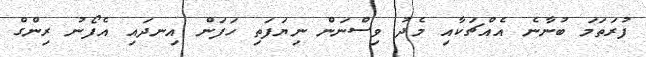
ފުރަތަމަ ބުނާނެ އެއްޗަކާއި މެދު ވިސްނަން ނިޔަފަތި ހަފަން އިނދައި އެފޯނު ރިންގް